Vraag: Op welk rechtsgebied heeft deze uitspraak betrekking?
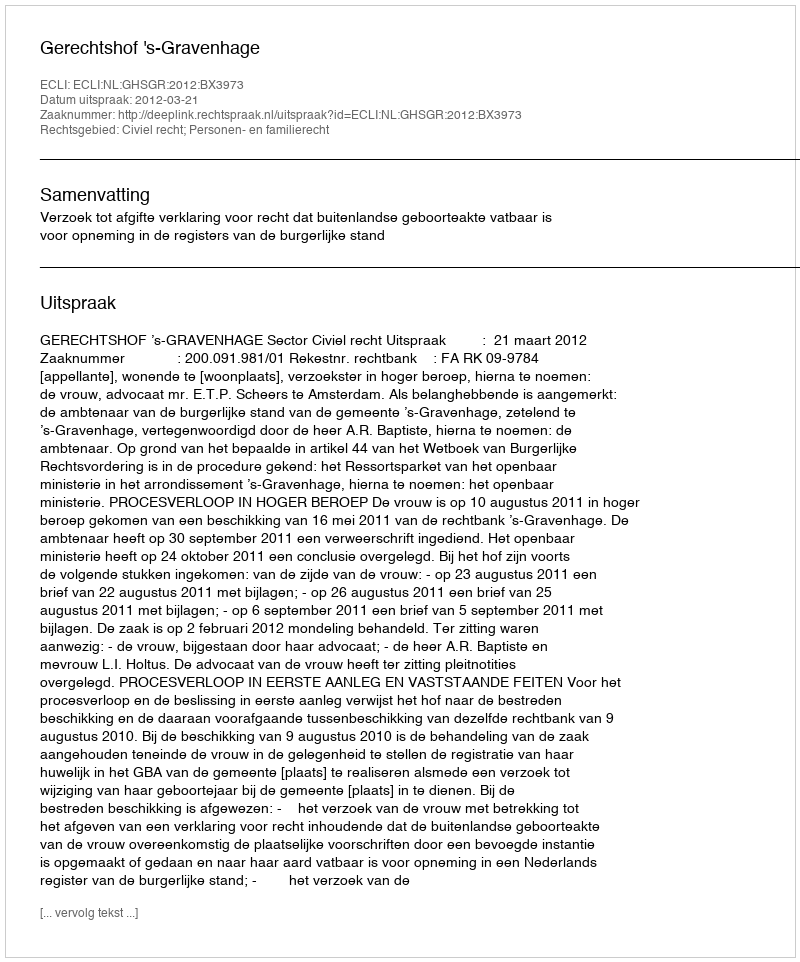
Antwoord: Civiel recht; Personen- en familierecht